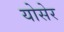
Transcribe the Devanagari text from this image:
योसेर